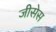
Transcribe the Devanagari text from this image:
जीसेस